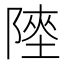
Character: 𨻊